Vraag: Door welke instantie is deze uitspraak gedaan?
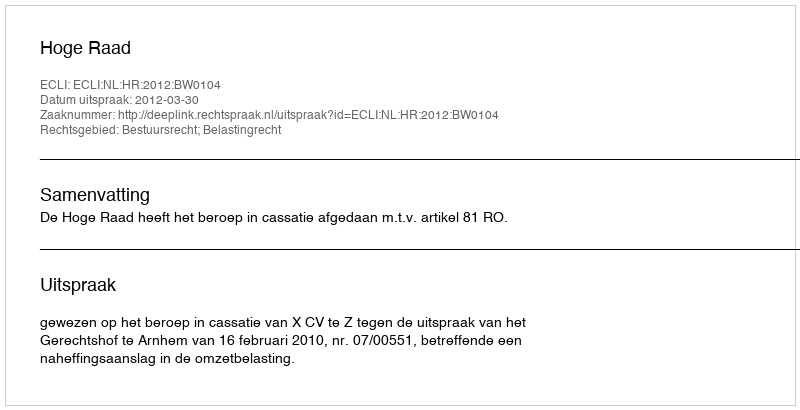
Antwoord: Hoge Raad